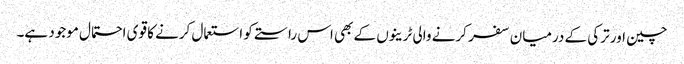
چین اور ترکی کے درمیان سفر کرنے والی ٹرینوں کے بھی اس راستے کو استعمال کرنے کا قوی احتمال موجود ہے۔